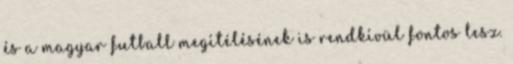
és a magyar futball megítélésének is rendkívül fontos lesz.